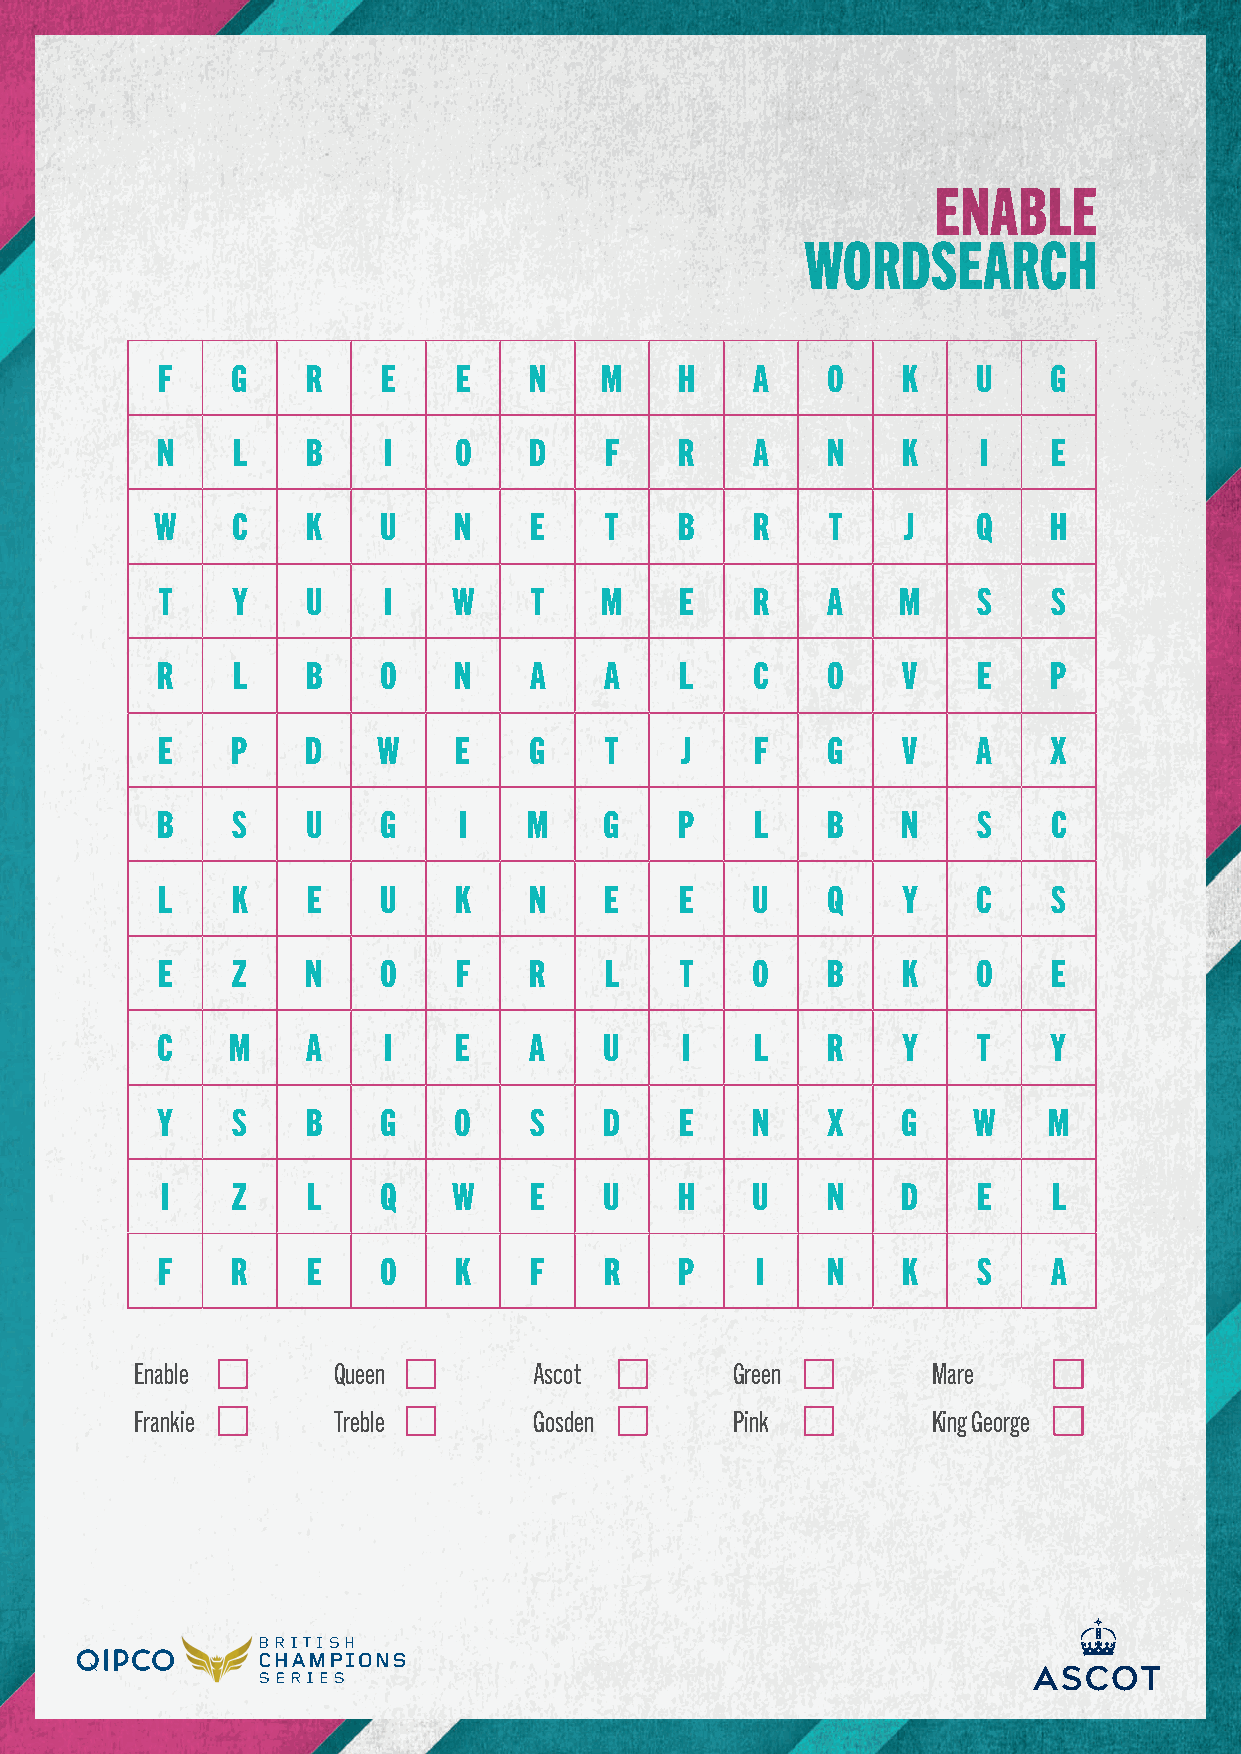
ENABLE
 WORDSEARCH
 F    G    R    E    E    N    M    H    A    O    K    U   G
 N    L    B    I    O    D    F    R    A    N    K    I    E
 W    C    K    U    N    E    T    B    R    T    J    Q   H
 T    Y    U    I    W    T    M    E    R    A   M     S    S
 R    L    B    O    N    A    A    L    C    O    V    E   P
 E    P    D    W    E    G    T    J    F    G    V    A    X
 B    S    U    G    I    M    G    P    L    B    N    S    C
 L    K    E    U    K    N    E    E    U    Q    Y    C    S
 E    Z    N    O    F    R    L    T    O    B    K    O    E
 C    M    A    I    E    A    U    I    L    R    Y    T    Y
 Y    S    B    G    O    S    D    E    N    X    G   W    M
 I   Z    L    Q    W    E    U    H    U    N    D    E    L
 F    R    E    O    K    F    R    P    I    N    K    S    A
 Enable       Queen        Ascot        Green         Mare
 Frankie      Treble       Gosden       Pink          King George